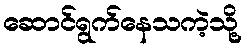
ဆောင်ရွက်နေသကဲ့သို့